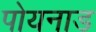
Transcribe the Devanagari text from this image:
पोयनाड